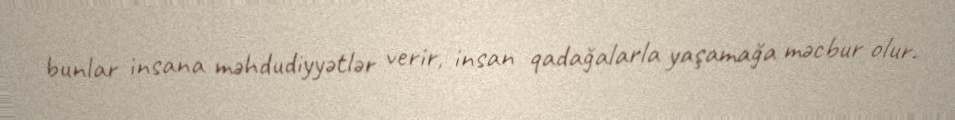
bunlar insana məhdudiyyətlər verir, insan qadağalarla yaşamağa məcbur olur.